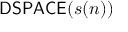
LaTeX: { \mathsf { D S P A C E } } ( s ( n ) )